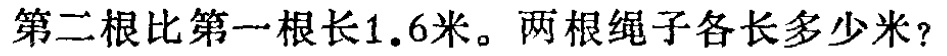
第二根比第一根长1.6米。两根绳子各长多少米？